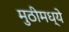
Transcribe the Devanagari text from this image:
मुठीमध्ये